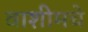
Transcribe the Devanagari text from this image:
वाशीमचे